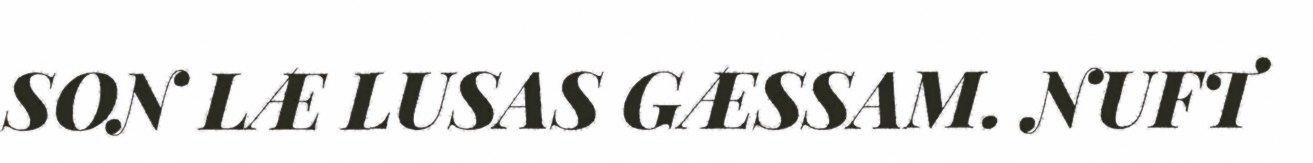
SON LÆ LUSAS GÆSSAM. NUFT